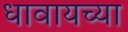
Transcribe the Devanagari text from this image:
धावायच्या